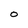
Character: O